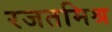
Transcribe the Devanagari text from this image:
रजतमिश्र